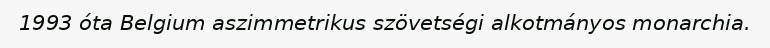
1993 óta Belgium aszimmetrikus szövetségi alkotmányos monarchia.